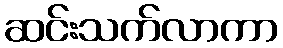
ဆင်းသက်လာကာ